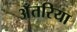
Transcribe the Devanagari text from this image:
अँतरिया